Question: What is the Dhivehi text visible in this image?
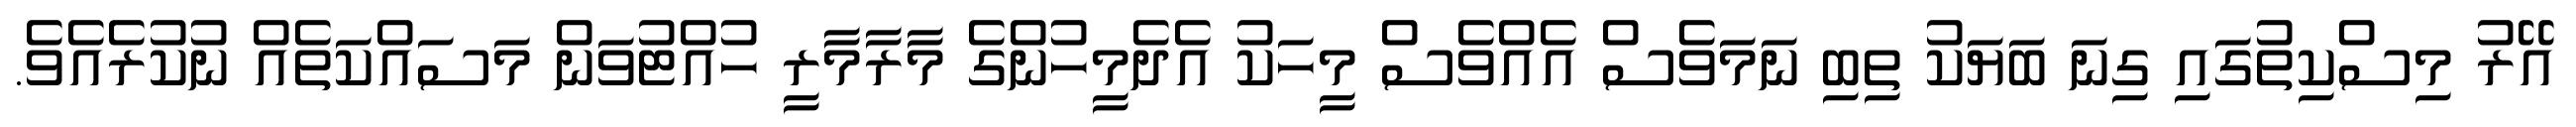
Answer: އޭރު މިސްކިތުގައި ގިނަ ބަޔަކު ތިބި ނަމަވެސް އެއްވެސް މީހަކު އެދެމީހުންގެ މާރާމާރީ ހުއްޓުވަން މަސައްކަތެއް ނުކުރެއެވެ.